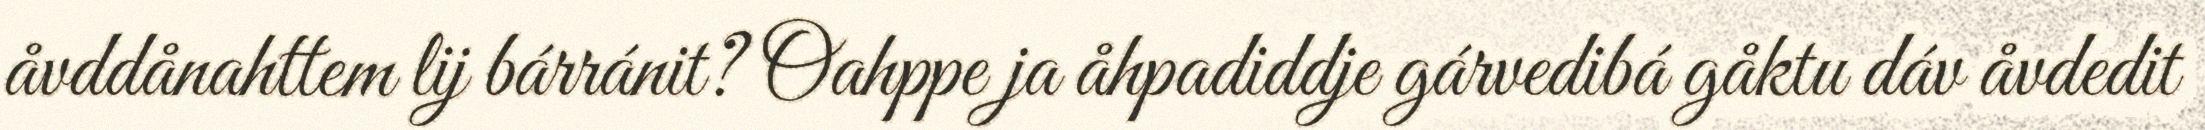
åvddånahttem lij bárránit? Oahppe ja åhpadiddje gárvedibá gåktu dáv åvdedit